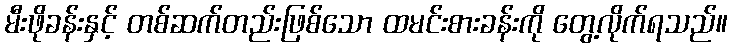
မီးဖိုခန်းနှင့် တစ်ဆက်တည်းဖြစ်သော ထမင်းစားခန်းကို တွေ့လိုက်ရသည်။